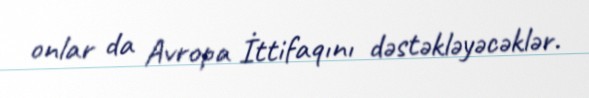
onlar da Avropa İttifaqını dəstəkləyəcəklər.